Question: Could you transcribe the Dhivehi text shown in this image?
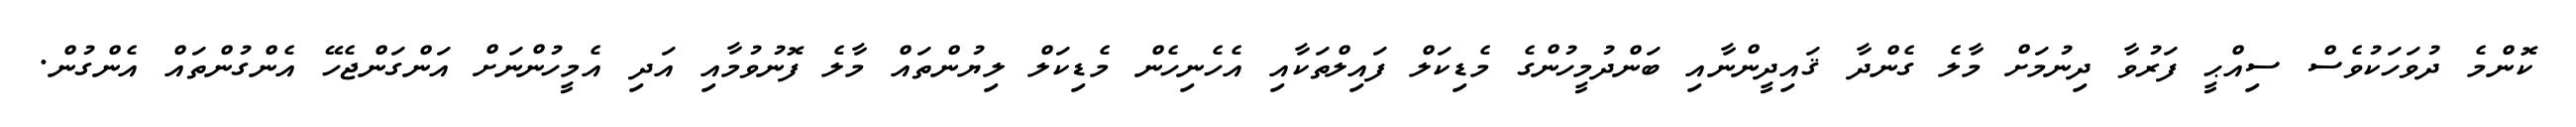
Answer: ކޮންމެ ދުވަހަކުވެސް ސިއްޙީ ފަރުވާ ދިނުމަށް މާލެ ގެންދާ ޤައިދީންނާއި ބަންދުމީހުންގެ މެޑިކަލް ފައިލްތަކާއި އެހެނިހެން މެޑިކަލް ލިޔުންތައް މާލެ ފޮނުވުމާއި އަދި އެމީހުންނަށް އަންގަންޖެހޭ އެންގުންތައް އެންގުން.